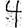
Digit: 4